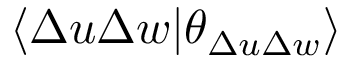
\langle \Delta u \Delta w \vert \theta _ { \Delta u \Delta w } \rangle